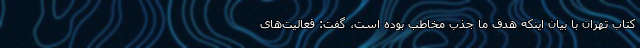
کتاب تهران با بیان اینکه هدف ما جذب مخاطب بوده است، گفت: فعالیت‌های